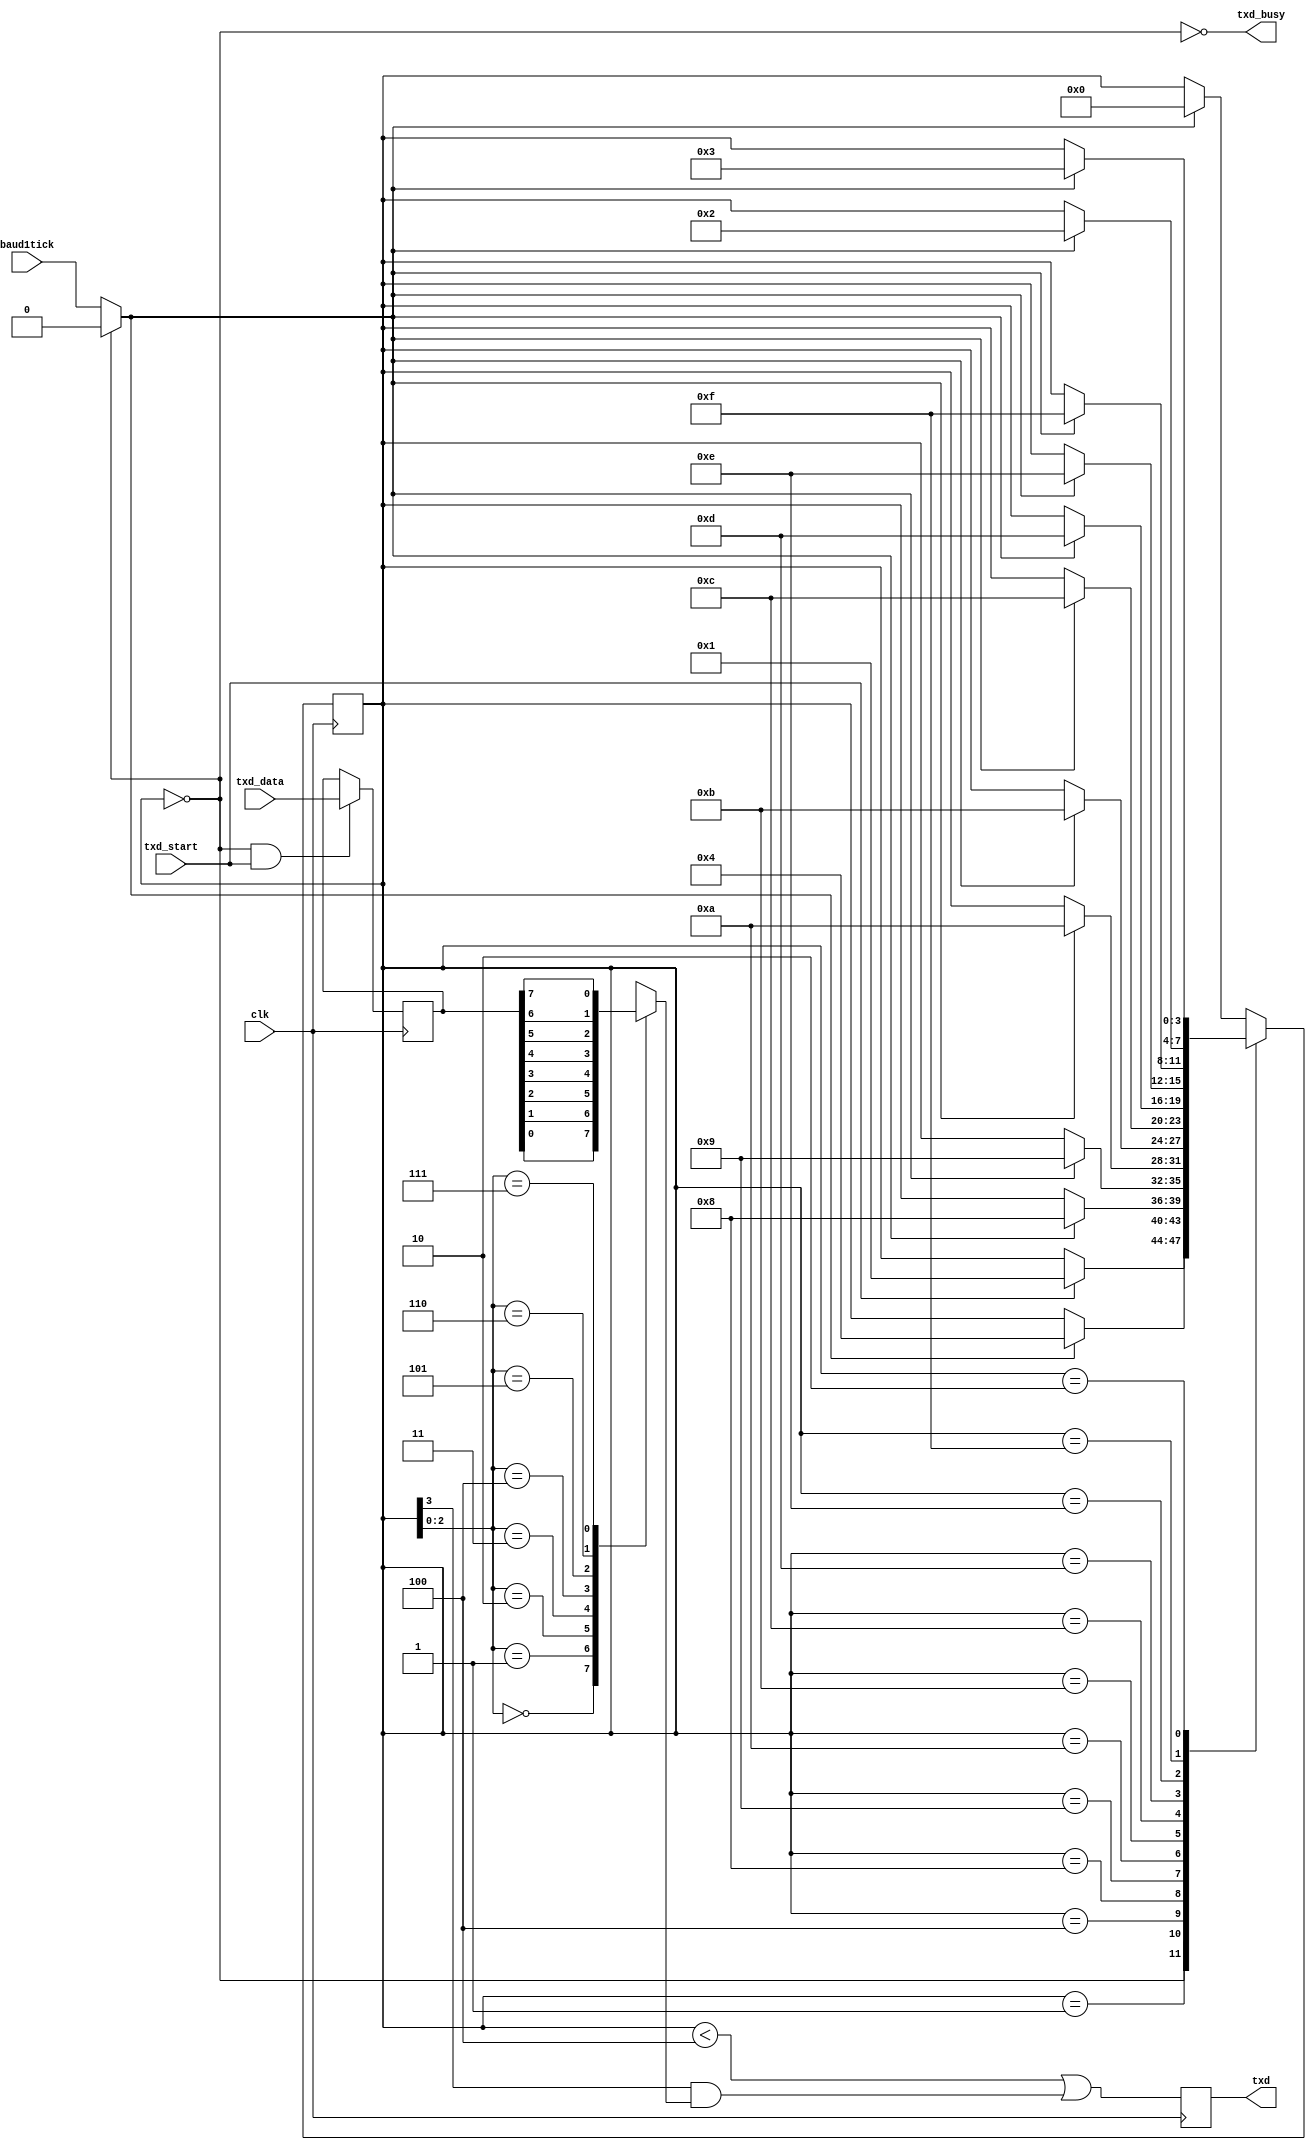
module serial_atx (
    input        clk,
    input        txd_start,
    input        baud1tick,  
    input  [7:0] txd_data,
    output reg   txd,  
    output       txd_busy
  );
  parameter RegisterInputData = 1;  
  reg [3:0] state;
  wire  BaudTick  = txd_busy ? baud1tick : 1'b0;
  wire  txd_ready;
  reg [7:0] txd_dataReg;
  assign txd_ready = (state==0);
  assign txd_busy  = ~txd_ready;
  always @(posedge clk) if(txd_ready & txd_start) txd_dataReg <= txd_data;
  wire [7:0] txd_dataD = RegisterInputData ? txd_dataReg : txd_data;
  always @(posedge clk)
  case(state)
    4'b0000: if(txd_start) state <= 4'b0001;
    4'b0001: if(BaudTick) state <= 4'b0100;
    4'b0100: if(BaudTick) state <= 4'b1000;  
    4'b1000: if(BaudTick) state <= 4'b1001;  
    4'b1001: if(BaudTick) state <= 4'b1010;  
    4'b1010: if(BaudTick) state <= 4'b1011;  
    4'b1011: if(BaudTick) state <= 4'b1100;  
    4'b1100: if(BaudTick) state <= 4'b1101;  
    4'b1101: if(BaudTick) state <= 4'b1110;  
    4'b1110: if(BaudTick) state <= 4'b1111;  
    4'b1111: if(BaudTick) state <= 4'b0010;  
    4'b0010: if(BaudTick) state <= 4'b0011;  
    4'b0011: if(BaudTick) state <= 4'b0000;  
    default: if(BaudTick) state <= 4'b0000;
  endcase
  reg muxbit;      
  always @( * )
  case(state[2:0])
    3'd0: muxbit <= txd_dataD[0];
    3'd1: muxbit <= txd_dataD[1];
    3'd2: muxbit <= txd_dataD[2];
    3'd3: muxbit <= txd_dataD[3];
    3'd4: muxbit <= txd_dataD[4];
    3'd5: muxbit <= txd_dataD[5];
    3'd6: muxbit <= txd_dataD[6];
    3'd7: muxbit <= txd_dataD[7];
  endcase
  always @(posedge clk) txd <= (state<4) | (state[3] & muxbit);  
endmodule